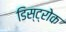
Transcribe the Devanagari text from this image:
डिस्ट्रोक